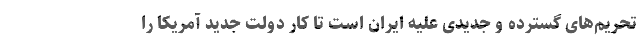
تحریم‌های گسترده و جدیدی علیه ایران است تا کار دولت جدید آمریکا را